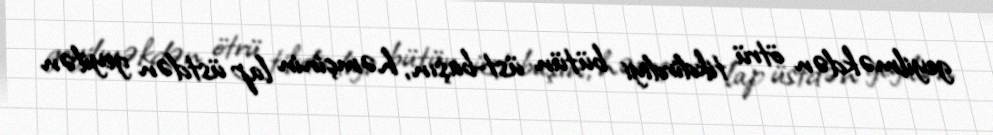
geyilməkdən ötrü tikdirdiyi bütün üst-başın, həmçinin lap üstdən geyilən